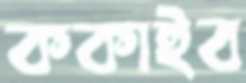
ককাইব